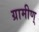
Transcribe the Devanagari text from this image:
ग्रामीण्